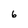
Character: 6